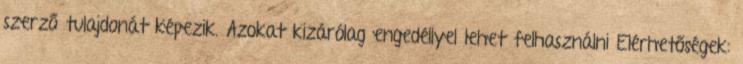
szerző tulajdonát képezik. Azokat kizárólag engedéllyel lehet felhasználni Elérhetőségek: